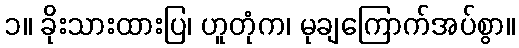
၁။ ခိုးသားထားပြ၊ ဟူတုံက၊ မုချကြောက်အပ်စွာ။